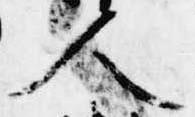
人